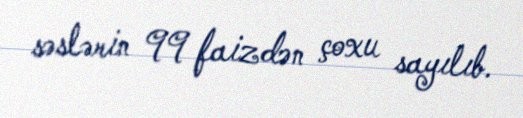
səslərin 99 faizdən çoxu sayılıb.